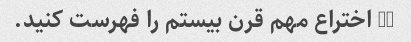
10 اختراع مهم قرن بیستم را فهرست کنید.